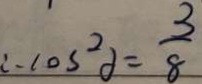
\therefore \cos ^ { 2 } \partial = \frac { 3 } { 8 }